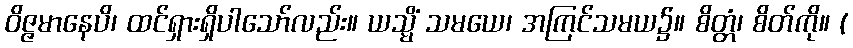
ဝိဇ္ဇမာနေပိ၊ ထင်ရှားရှိပါသော်လည်း။ ယသ္မိံ သမယေ၊ အကြင်သမယ၌။ စိတ္တံ၊ စိတ်ကို။ (